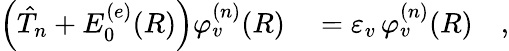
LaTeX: \begin{array}{rl}{\left(\hat{T}_{n}+E_{0}^{(e)}(R)\right)\varphi_{v}^{(n)}(R)}&{{}=\varepsilon_{v}\, \varphi_{v}^{(n)}(R)\quad,}\end{array}